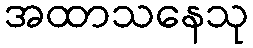
အထာသနေသု